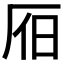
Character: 𣅛